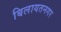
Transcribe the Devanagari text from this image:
बिलायतनगर